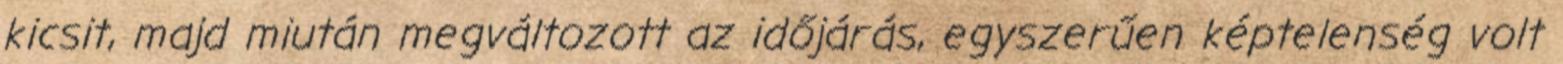
kicsit, majd miután megváltozott az időjárás, egyszerűen képtelenség volt